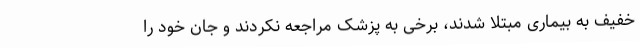
خفیف به بیماری مبتلا شدند، برخی به پزشک مراجعه نکردند و جان خود را